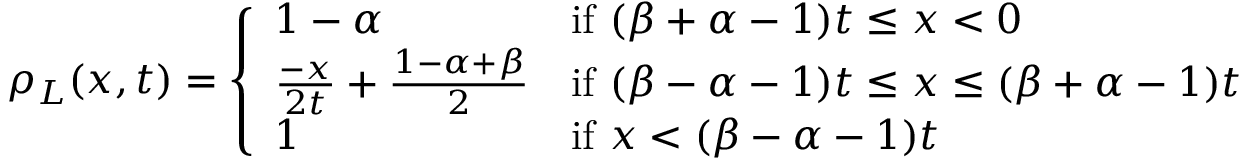
\rho _ { L } ( x , t ) = \left\{ \begin{array} { l l } { 1 - \alpha } & { \mathrm { i f ~ } ( \beta + \alpha - 1 ) t \leq x < 0 } \\ { \frac { - x } { 2 t } + \frac { 1 - \alpha + \beta } { 2 } } & { \mathrm { i f ~ } ( \beta - \alpha - 1 ) t \leq x \leq ( \beta + \alpha - 1 ) t } \\ { 1 } & { \mathrm { i f ~ } x < ( \beta - \alpha - 1 ) t } \end{array} \right.